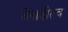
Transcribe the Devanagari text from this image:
बेनाडीतच